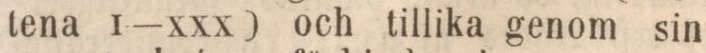
tena i—xxx) och tillika genom sin